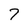
Character: 7